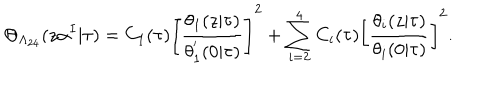
\Theta _ { \Lambda _ { 2 4 } } ( z \alpha ^ { I } | \tau ) = C _ { 1 } ( \tau ) \left[ \frac { \theta _ { 1 } ( z | \tau ) } { \theta _ { 1 } ^ { ' } ( 0 | \tau ) } \right] ^ { 2 } + \sum _ { i = 2 } ^ { 4 } C _ { i } ( \tau ) \left[ \frac { \theta _ { i } ( z | \tau ) } { \theta _ { i } ( 0 | \tau ) } \right] ^ { 2 } .